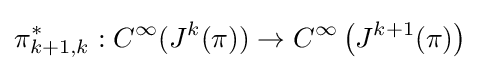
\pi _{k+1,k}^{*}:C^{\infty }(J^{k}(\pi ))\to C^{\infty }\left(J^{k+1}(\pi )\right)